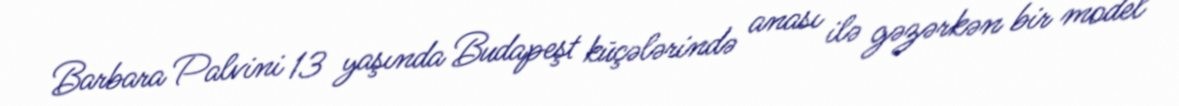
Barbara Palvini 13 yaşında Budapeşt küçələrində anası ilə gəzərkən bir model